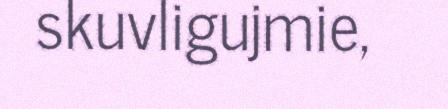
skuvligujmie,